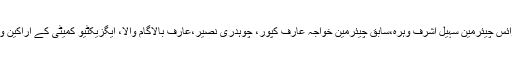
اس موقع پر ایسوسی ایشن کے وائس چیئرمین سہیل اشرف وہرہ،سابق چیئرمین خواجہ عارف کپور، چوہدری نصیر،عارف بالاگام والا، ایگزیکٹیو کمیٹی کے اراکین و دیگر ممبران بھی موجود تھے۔